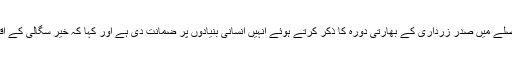
سپریم کورٹ نے اپنے فیصلے میں صدر زرداری کے بھارتی دورہ کا ذکر کرتے ہوئے انہیں انسانی بنیادوں پر ضمانت دی ہے اور کہا کہ خیر سگالی کے اقدامات جاری رہنے چاہیں۔